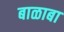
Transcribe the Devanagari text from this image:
बाळाबा